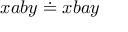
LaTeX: x a b y \doteq x b a y